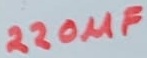
Text: 220µF